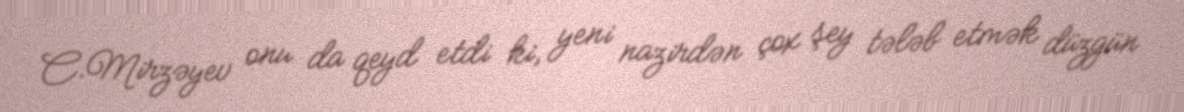
C.Mirzəyev onu da qeyd etdi ki, yeni nazirdən çox şey tələb etmək düzgün